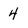
Character: 4